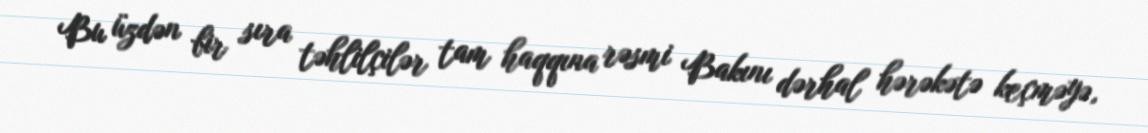
Bu üzdən bir sıra təhlilçilər tam haqqına rəsmi Bakını dərhal hərəkətə keçməyə,